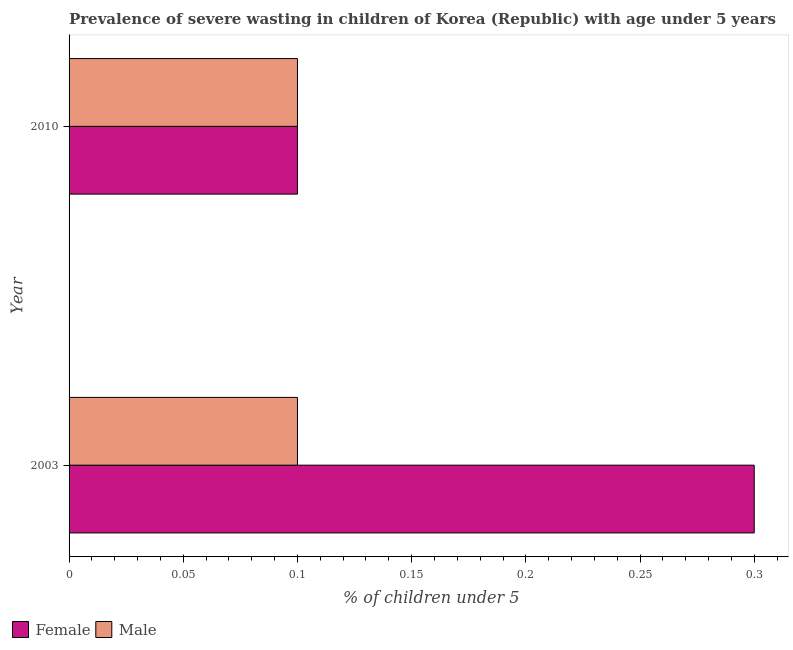
| Year | Female | Male |
 | --- | --- | --- |
 | 2003 | 0.3 | 0.1 |
 | 2010 | 0.1 | 0.1 |